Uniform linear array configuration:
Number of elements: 24
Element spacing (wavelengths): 1
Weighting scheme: hamming
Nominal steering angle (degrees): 45
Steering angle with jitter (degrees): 46.946
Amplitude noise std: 0.05
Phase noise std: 0.05

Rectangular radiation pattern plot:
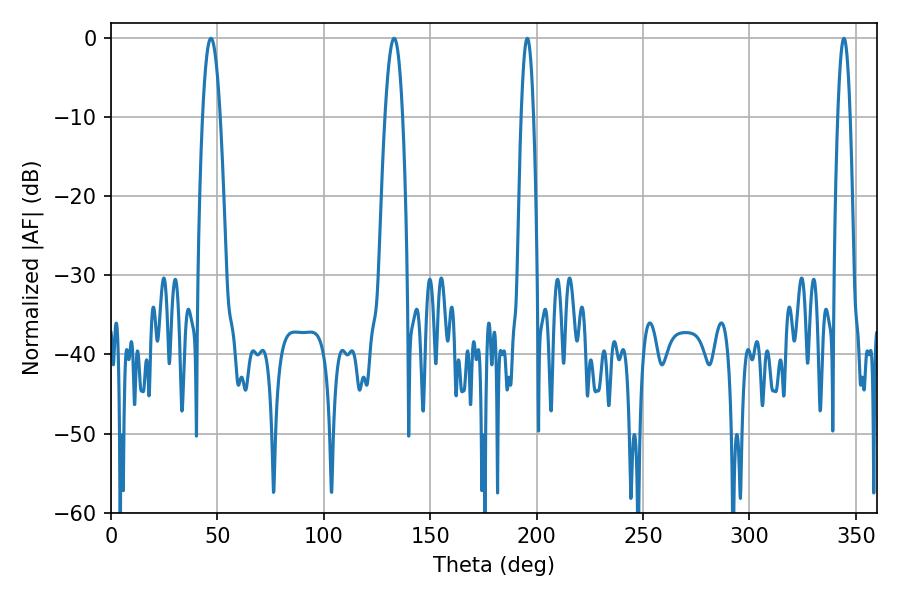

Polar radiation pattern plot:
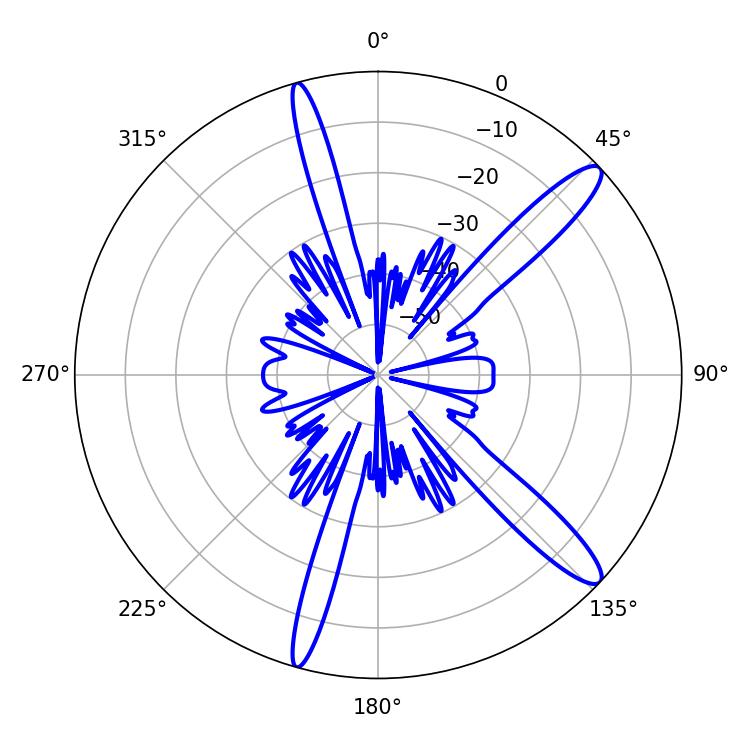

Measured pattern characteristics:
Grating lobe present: TRUE
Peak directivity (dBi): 13.308
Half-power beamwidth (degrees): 4.5
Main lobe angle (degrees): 46.98